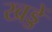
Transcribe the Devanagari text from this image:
खड्डें